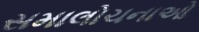
સમાલોચનાઓ